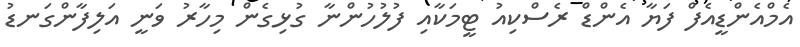
އެމްއެންޑީއެފް ފަޔާ އެންޑް ރެސްކިއު ޓީމަކާއި ފުލުހުންނާ ގުޅިގެން މިހާރު ވަނީ އަލިފާންގަނޑު